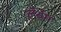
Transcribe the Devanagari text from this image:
लॅथॅम